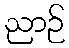
ညာဉ်